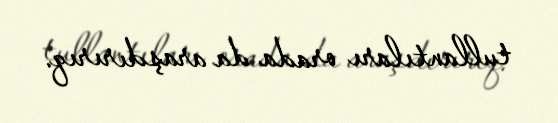
tullantıları orada da araşdırırıq.